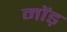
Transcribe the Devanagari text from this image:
मोंड़